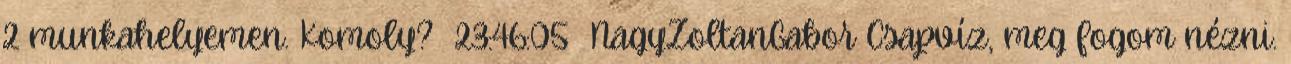
2 munkahelyemen. Komoly? 23:46:05 NagyZoltanGabor Csapvíz, meg fogom nézni.